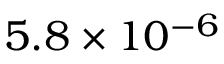
5 . 8 \times 1 0 ^ { - 6 }